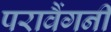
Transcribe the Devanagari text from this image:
परावैंगनी